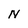
Character: N